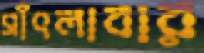
সাঁৎলাবার